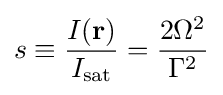
s\equiv {\frac {I(\mathbf {r} )}{I_{\text{sat}}}}={\frac {2\Omega ^{2}}{\Gamma ^{2}}}